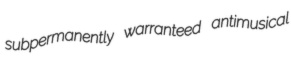
subpermanently warranteed antimusical